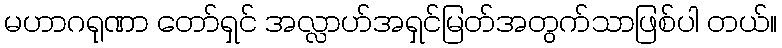
မဟာဂရုဏာ တော်ရှင် အလ္လာဟ်အရှင်မြတ်အတွက်သာဖြစ်ပါ တယ်။